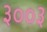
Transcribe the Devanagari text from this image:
३००३